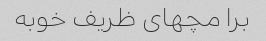
برا مچهای ظریف خوبه